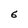
Character: 6